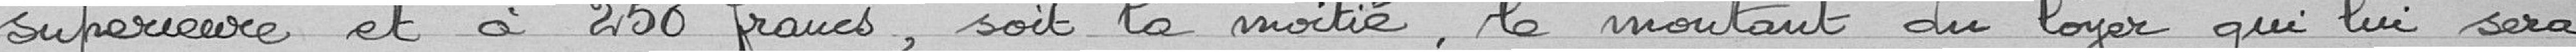
supérieure et à 250 francs, soit la moitié, le montant du loyer qui lui sera